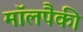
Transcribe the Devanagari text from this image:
मॉलपैकी